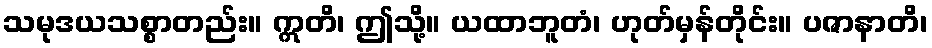
သမုဒယသစ္စာတည်း။ ဣတိ၊ ဤသို့။ ယထာဘူတံ၊ ဟုတ်မှန်တိုင်း။ ပဇာနာတိ၊